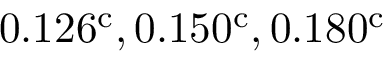
0 . 1 2 6 ^ { \mathrm { c } } , 0 . 1 5 0 ^ { \mathrm { c } } , 0 . 1 8 0 ^ { \mathrm { c } }